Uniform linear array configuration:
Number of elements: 64
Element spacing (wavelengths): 0.25
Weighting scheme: uniform
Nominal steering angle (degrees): -45
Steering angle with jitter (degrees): -46.077
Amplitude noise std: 0.05
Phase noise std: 0.05

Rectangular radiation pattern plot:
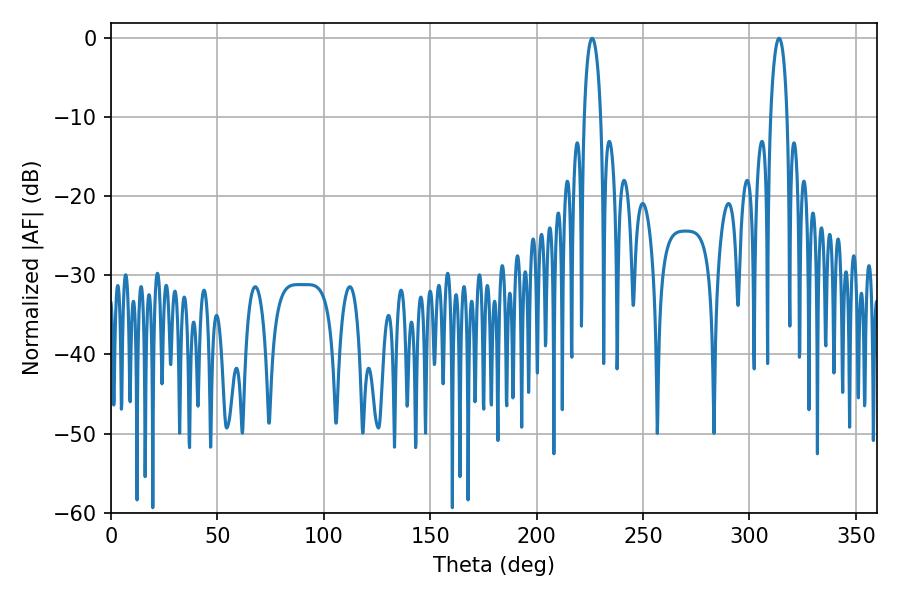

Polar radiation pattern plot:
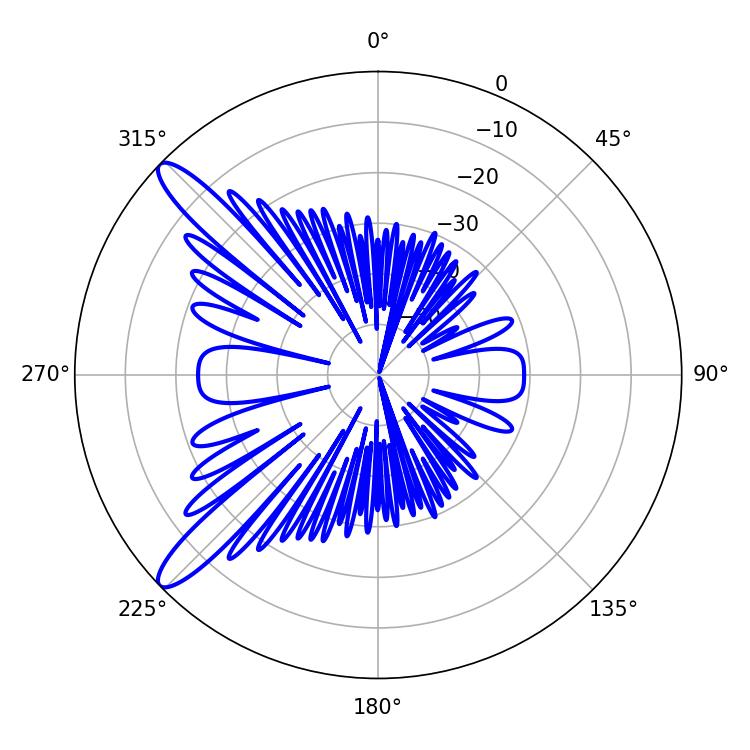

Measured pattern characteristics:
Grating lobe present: FALSE
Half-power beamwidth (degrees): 4.5
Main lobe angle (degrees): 226.08